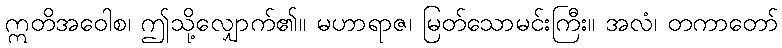
ဣတိအဝေါစ၊ ဤသို့လျှောက်၏။ မဟာရာဇ၊ မြတ်သောမင်းကြီး။ အလံ၊ တကာတော်